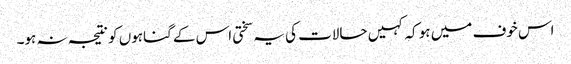
اس خوف میں ہو کہ کہیں حالات کی یہ سختی اس کے گناہوں کو نتیجہ نہ ہو۔